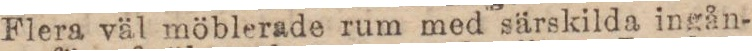
Flera väl möblerade rum med särskilda ingån-